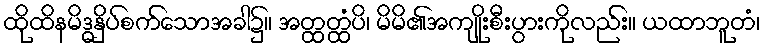
ထိုထိနမိဒ္ဓနှိပ်စက်သောအခါ၌။ အတ္ထတ္ထံပိ၊ မိမိ၏အကျိုးစီးပွားကိုလည်း။ ယထာဘူတံ၊